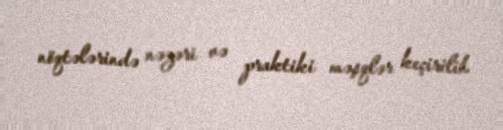
nöqtələrində nəzəri və praktiki məşqlər keçirilib.